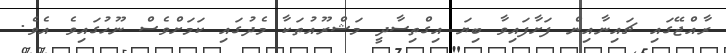
ރާއްޖޭގައި ޗައިނާއިން ފަށާފައިވާ ބިޔަ އިގްތިސާދީ މަޝްރޫއުތަކާ މެދުގައި ކަމަށްވެސް ނޫހުގައިވެ އެވެ.